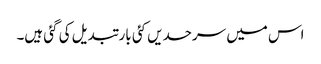
اس میں سرحدیں کئی بار تبدیل کی گئی ہیں۔